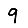
Digit: 9